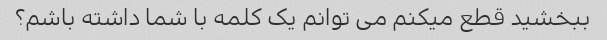
ببخشید قطع میکنم می توانم یک کلمه با شما داشته باشم؟